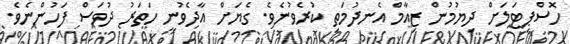
ހޮސްޕިޓަލަށް ދިޔުމުން ޒިއާމް އެނދުމަތި ކުރެވުނެވެ. ގެޔަށް އާދެވުނީ ހަތަރު ދުވަސް ފަހުންނެވެ.